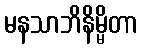
မနသာဘိနိမ္မိတာ